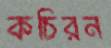
কচিরন